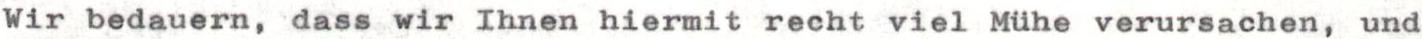
Wir bedauern, dass wir Ihnen hiermit recht viel Mühe verursachen, und